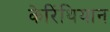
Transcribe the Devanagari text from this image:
केरिंथियान